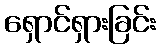
ရှောင်ရှားခြင်း